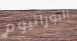
اليورانيوم